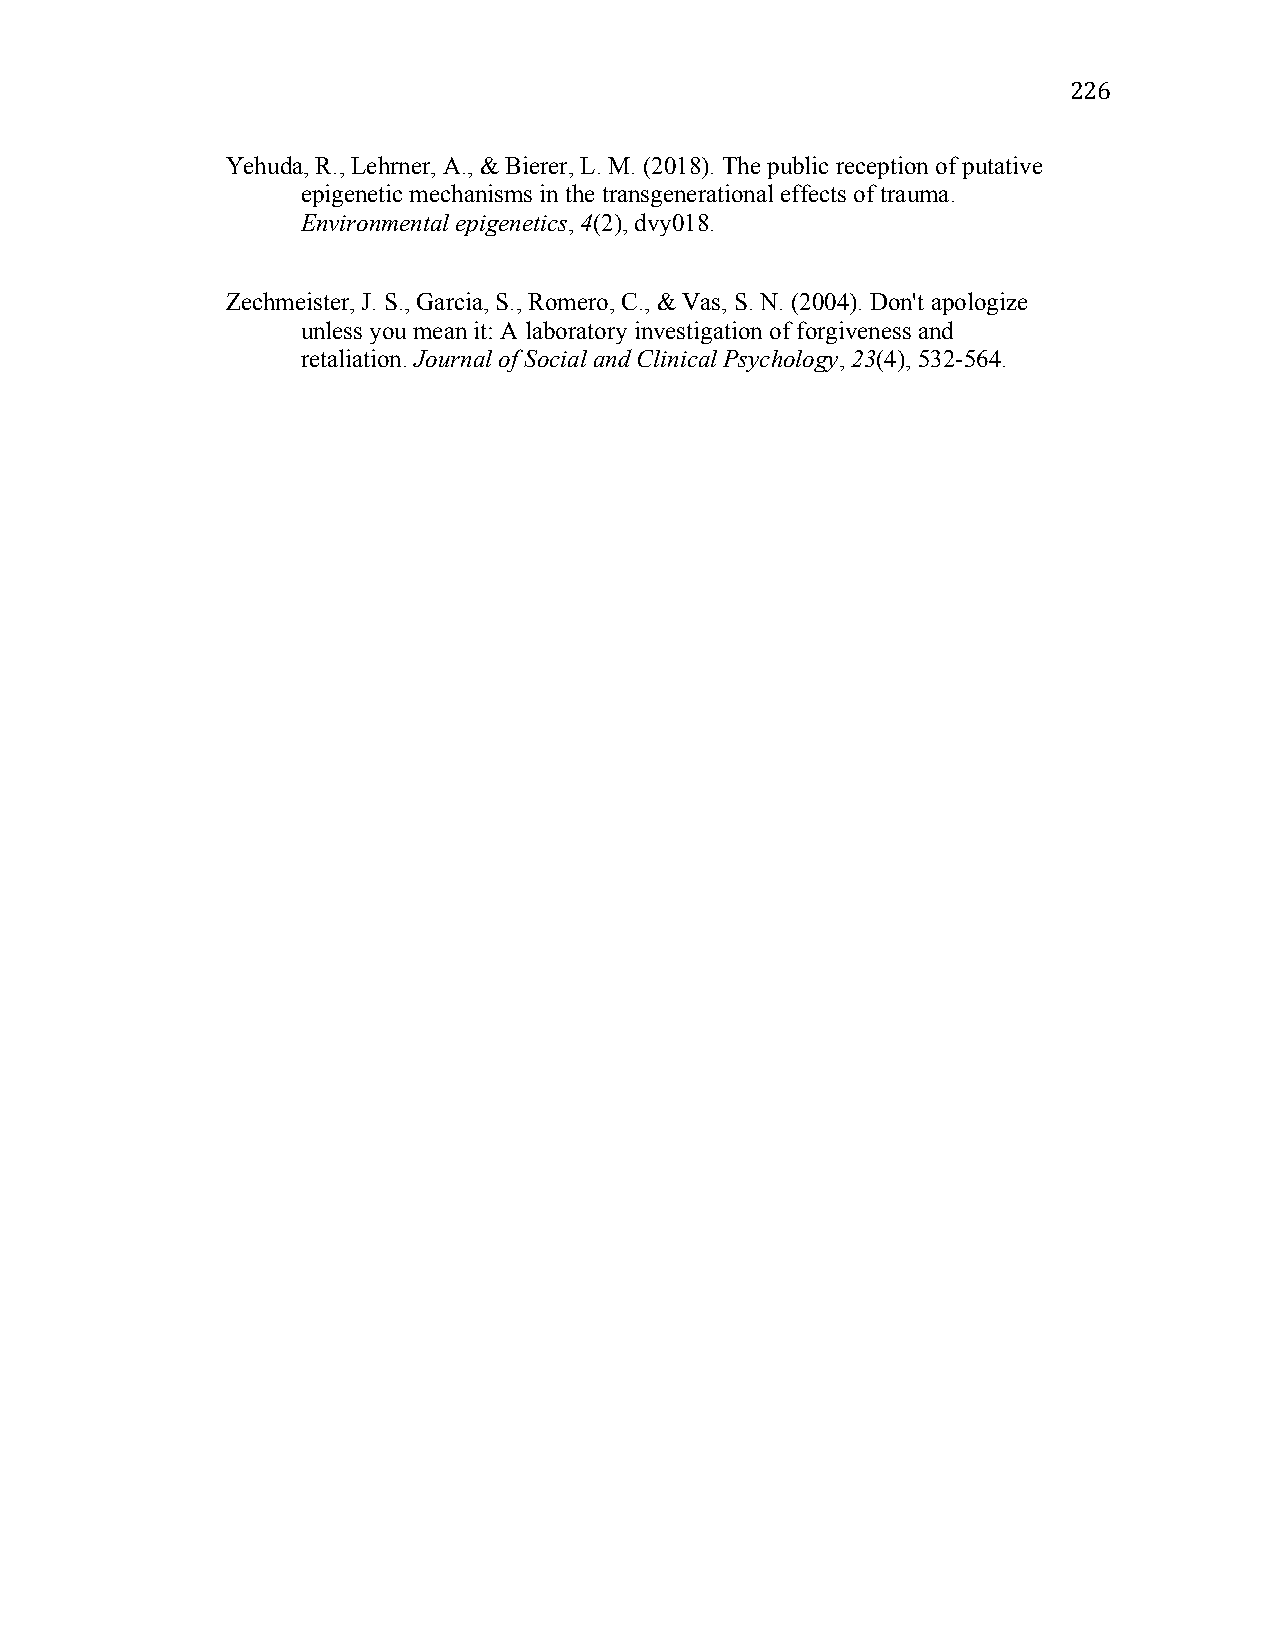
226
 Yehuda, R., Lehrner, A., & Bierer, L. M. (2018). The public reception of putative
 epigenetic mechanisms in the transgenerational effects of trauma.
 Environmental epigenetics, 4(2), dvy018.
 Zechmeister, J. S., Garcia, S., Romero, C., & Vas, S. N. (2004). Don't apologize
 unless you mean it: A laboratory investigation of forgiveness and
 retaliation. Journal of Social and Clinical Psychology, 23(4), 532-564.